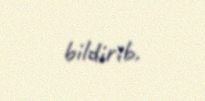
bildirib.